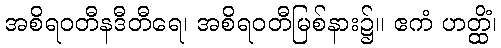
အစိရဝတီနဒီတီရေ၊ အစိရဝတီမြစ်နား၌။ ဧကံ ဟတ္ထိံ၊